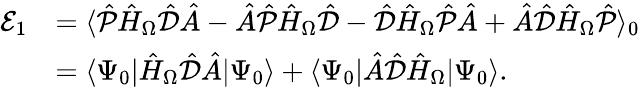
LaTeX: \begin{array}{rl}{\mathcal{E}_{1}}&{=\langle\hat{\mathcal{P}}\hat{H}_{\Omega}\hat{\mathcal{{D}}}\hat{A}-\hat{A}\hat{\mathcal{P}}\hat{H}_{\Omega}\hat{\mathcal{{D}}}-\hat{\mathcal{D}}\hat{H}_{\Omega}\hat{\mathcal{P}}\hat{A}+\hat{A}\hat{\mathcal{D}}\hat{H}_{\Omega}\hat{\mathcal{P}}\rangle_{0}}\\ &{=\langle\Psi_{0}|\hat{H}_{\Omega}\hat{\mathcal{{D}}}\hat{A}|\Psi_{0}\rangle+\langle\Psi_{0}|\hat{A}\hat{\mathcal{D}}\hat{H}_{\Omega}|\Psi_{0}\rangle.}\end{array}